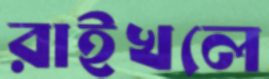
রাইখলে